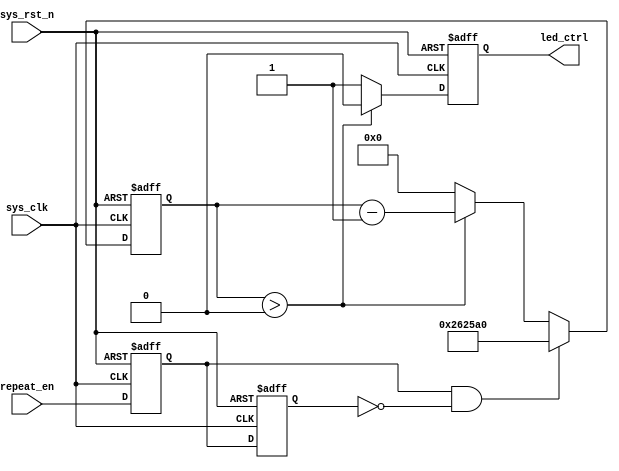
module led_ctrl
(
    input   wire            sys_clk     ,
    input   wire            sys_rst_n   ,
    input   wire            repeat_en   ,
    
    output  reg             led_ctrl    
);

reg             repeat_en_d1;//align to clock.
reg             repeat_en_d2;//delay to find posedge
wire            repeat_en_rise;
reg     [21:0]  cnt;

always@(posedge sys_clk or negedge sys_rst_n)
    if(sys_rst_n == 1'b0)
        begin
        repeat_en_d1  <= 1'b0;
        repeat_en_d2  <= 1'b0;
        end
    else
        begin
        repeat_en_d1  <= repeat_en;
        repeat_en_d2  <= repeat_en_d1;
        end

assign repeat_en_rise = (repeat_en_d1) & (~repeat_en_d2);

always@(posedge sys_clk or negedge sys_rst_n)
    if(sys_rst_n == 1'b0)
        cnt <= 22'd0;
    else if(repeat_en_rise == 1'b1)
        cnt <= 22'd2500_000;//light up 0.05 sec
    else if(cnt > 22'd0)
        cnt <= cnt - 1'b1;
    else
        cnt <= 22'd0;

always@(posedge sys_clk or negedge sys_rst_n)
    if(sys_rst_n == 1'b0)
        led_ctrl <= 1'b1;
    else if(cnt > 22'd0)
        led_ctrl <= 1'b0;
    else 
        led_ctrl <= 1'b1;

endmodule